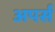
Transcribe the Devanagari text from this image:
अपर्स